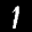
Label: 1